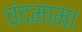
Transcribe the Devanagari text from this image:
चंदमामा